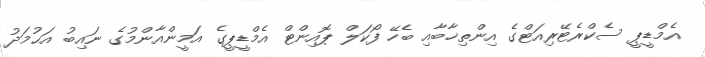
އެމްޑީޕީ ސެކްރެޓޭރިއަޓްގެ އިންތިޚާބާއި ބެހޭ ފޯކަލް ޕޮއިންޓް އެމްޑީޕީގެ އަމީންއާންމުގެ ނައިބު އަޙުމަދު